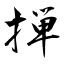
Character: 掸